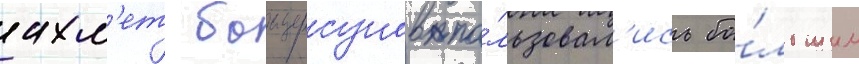
ахм'ет баитурсунов по́льзовал'ись бо́льшим